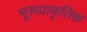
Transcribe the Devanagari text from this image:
भूरूप्राकृतिक